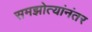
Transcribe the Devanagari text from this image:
समझोत्यांनंतर